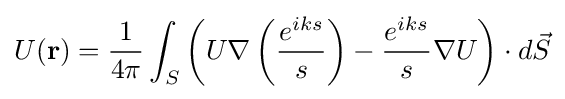
U(\mathbf {r} )={\frac {1}{4\pi }}\int _{S}\left(U\nabla \left({\frac {e^{iks}}{s}}\right)-{\frac {e^{iks}}{s}}\nabla U\right)\cdot d{\vec {S}}